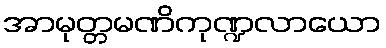
အာမုတ္တမဏိကုဏ္ဍလာယော